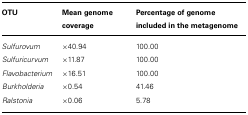
<table><thead><tr><td><b>OTU</b></td><td><b>Mean genome coverage</b></td><td><b>Percentage of genome included in the metagenome</b></td></tr></thead><tbody><tr><td><i>Sulfurovum</i></td><td>×40.94</td><td>100.00</td></tr><tr><td><i>Sulfuricurvum</i></td><td>×11.87</td><td>100.00</td></tr><tr><td><i>Flavobacterium</i></td><td>×16.51</td><td>100.00</td></tr><tr><td><i>Burkholderia</i></td><td>×0.54</td><td>41.46</td></tr><tr><td><i>Ralstonia</i></td><td>×0.06</td><td>5.78</td></tr></tbody></table>